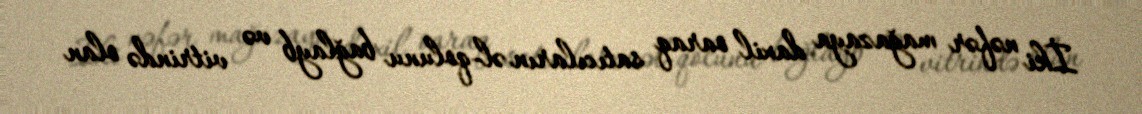
İki nəfər mağazaya daxil oaraq satıcıların əl-qolunu bağlayb və vitrində olan